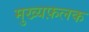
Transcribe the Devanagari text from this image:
मुख्यफ़लक